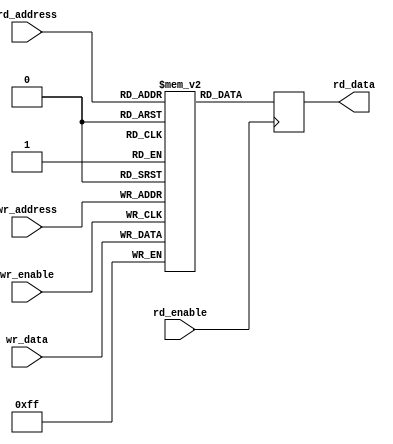
module dual_port_register_file
  (
   input [7:0] rd_address,
   output reg [7:0] rd_data,
   input [7:0] wr_address,
   input [7:0] wr_data,
   input rd_enable,
   input wr_enable
  );

  reg [7:0] registers [0:255];

  always @ (posedge rd_enable)
  begin
    rd_data <= registers[rd_address];
  end

  always @ (posedge wr_enable)
  begin
    registers[wr_address] <= wr_data;
  end

endmodule